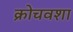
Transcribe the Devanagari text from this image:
क्रोचवशा